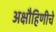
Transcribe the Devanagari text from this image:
अक्षौहिणीचे